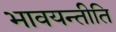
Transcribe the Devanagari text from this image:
भावयन्तीति